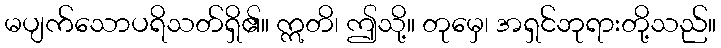
မပျက်သောပရိသတ်ရှိ၏။ ဣတိ၊ ဤသို့။ တုမှေ၊ အရှင်ဘုရားတို့သည်။